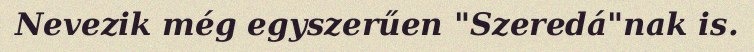
Nevezik még egyszerűen "Szeredá"nak is.